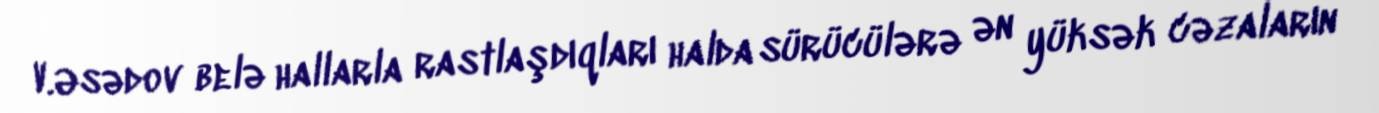
V.Əsədov belə hallarla rastlaşdıqları halda sürücülərə ən yüksək cəzaların